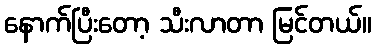
နောက်ပြီးတော့ သီးလာတာ မြင်တယ်။